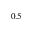
_ { 0 . 5 }